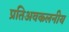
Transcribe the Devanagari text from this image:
प्रतिअवकलनीय